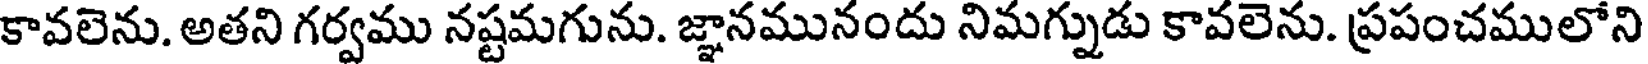
కావలెను. అతని గర్వము నష్టమగును. జ్ఞానమునందు నిమగ్నుడు కావలెను. ప్రపంచములోని